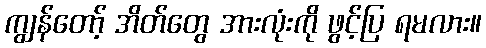
ကျွန်တော့် အိတ်တွေ အားလုံးကို ဖွင့်ပြ ရမလား။